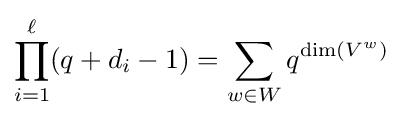
\prod _{i=1}^{\ell }(q+d_{i}-1)=\sum _{w\in W}q^{\dim(V^{w})}